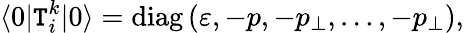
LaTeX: \langle0|\mathtt{T}_{i}^{k}|0\rangle=\mathrm{{diag}}\left(\varepsilon,-p,-p_{\perp},\ldots,-p_{\perp}\right),